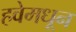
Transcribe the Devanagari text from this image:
हवेमधून